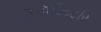
રિપૉઝિટરિ